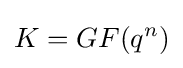
K=GF(q^{n})